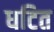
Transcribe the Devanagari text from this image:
धटित